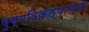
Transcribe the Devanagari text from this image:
युग्मविकल्पाच्या